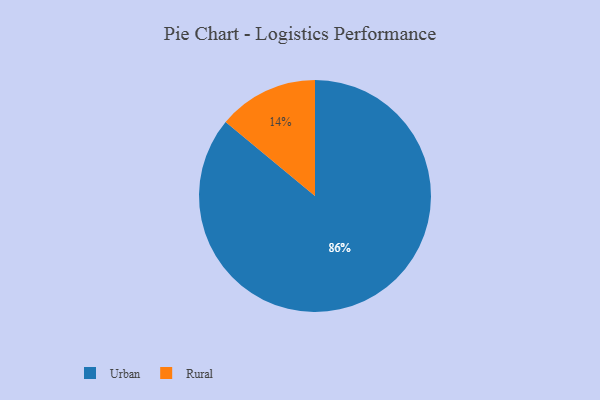
{"axis": {"x": "Category", "y": "Percentage"}, "legend": ["Rural", "Urban"], "data": [{"x": "Rural", "y": 14, "type": "Rural"}, {"x": "Urban", "y": 86, "type": "Urban"}]}